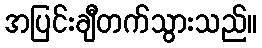
အပြင်းချီတက်သွားသည်။